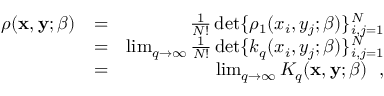
\begin{array} { r l r } { \rho ( { \bf x } , { \bf y } ; \beta ) } & { = } & { \frac { 1 } { N ! } \operatorname* { d e t } \{ \rho _ { 1 } ( x _ { i } , y _ { j } ; \beta ) \} _ { i , j = 1 } ^ { N } } \\ & { = } & { \operatorname* { l i m } _ { q \rightarrow \infty } \frac { 1 } { N ! } \operatorname* { d e t } \{ k _ { q } ( x _ { i } , y _ { j } ; \beta ) \} _ { i , j = 1 } ^ { N } } \\ & { = } & { \operatorname* { l i m } _ { q \rightarrow \infty } K _ { q } ( { \bf x } , { \bf y } ; \beta ) ~ ~ , } \end{array}